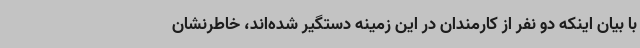
با بیان اینکه دو نفر از کارمندان در این زمینه دستگیر شده‌اند، خاطرنشان